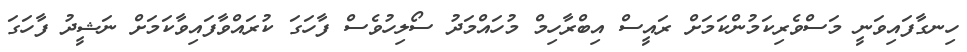
ހިނގާފައިވަނީ މަސްވެރިކަމުންކަމަށް ރައީސް އިބްރާހިމް މުހައްމަދު ސޯލިހުވެސް ފާހަގަ ކުރައްވާފައިވާކަމަށް ނަޝީދު ފާހަގަ